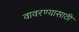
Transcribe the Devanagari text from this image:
वावरण्यासाठी